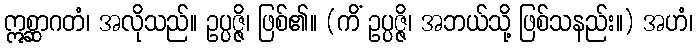
ဣစ္ဆာဂတံ၊ အလိုသည်။ ဥပ္ပဇ္ဇိ၊ ဖြစ်၏။ (ကိံ ဥပ္ပဇ္ဇိ၊ အဘယ်သို့ ဖြစ်သနည်း။) အဟံ၊